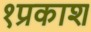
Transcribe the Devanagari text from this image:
१प्रकाश